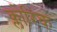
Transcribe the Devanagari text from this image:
क्लोरिक